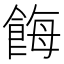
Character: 𩛸